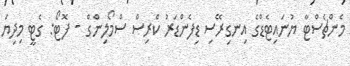
މެންޗެސްޓާ ޔުނައިޓެޑްގެ އިނގިރޭސި ޑިފެންޑަރު ކްރިސް ސްމޯލިންގް - ފޮޓޯ: ގެޓީ މިދިޔަ